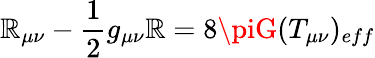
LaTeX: \mathbb{R}_{\mu\nu}-\frac{{1}}{{2}}g_{\mu\nu}\mathbb{R}=8\piG(T_{\mu\nu})_{eff}